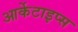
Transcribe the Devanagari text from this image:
आर्केटाइप्स